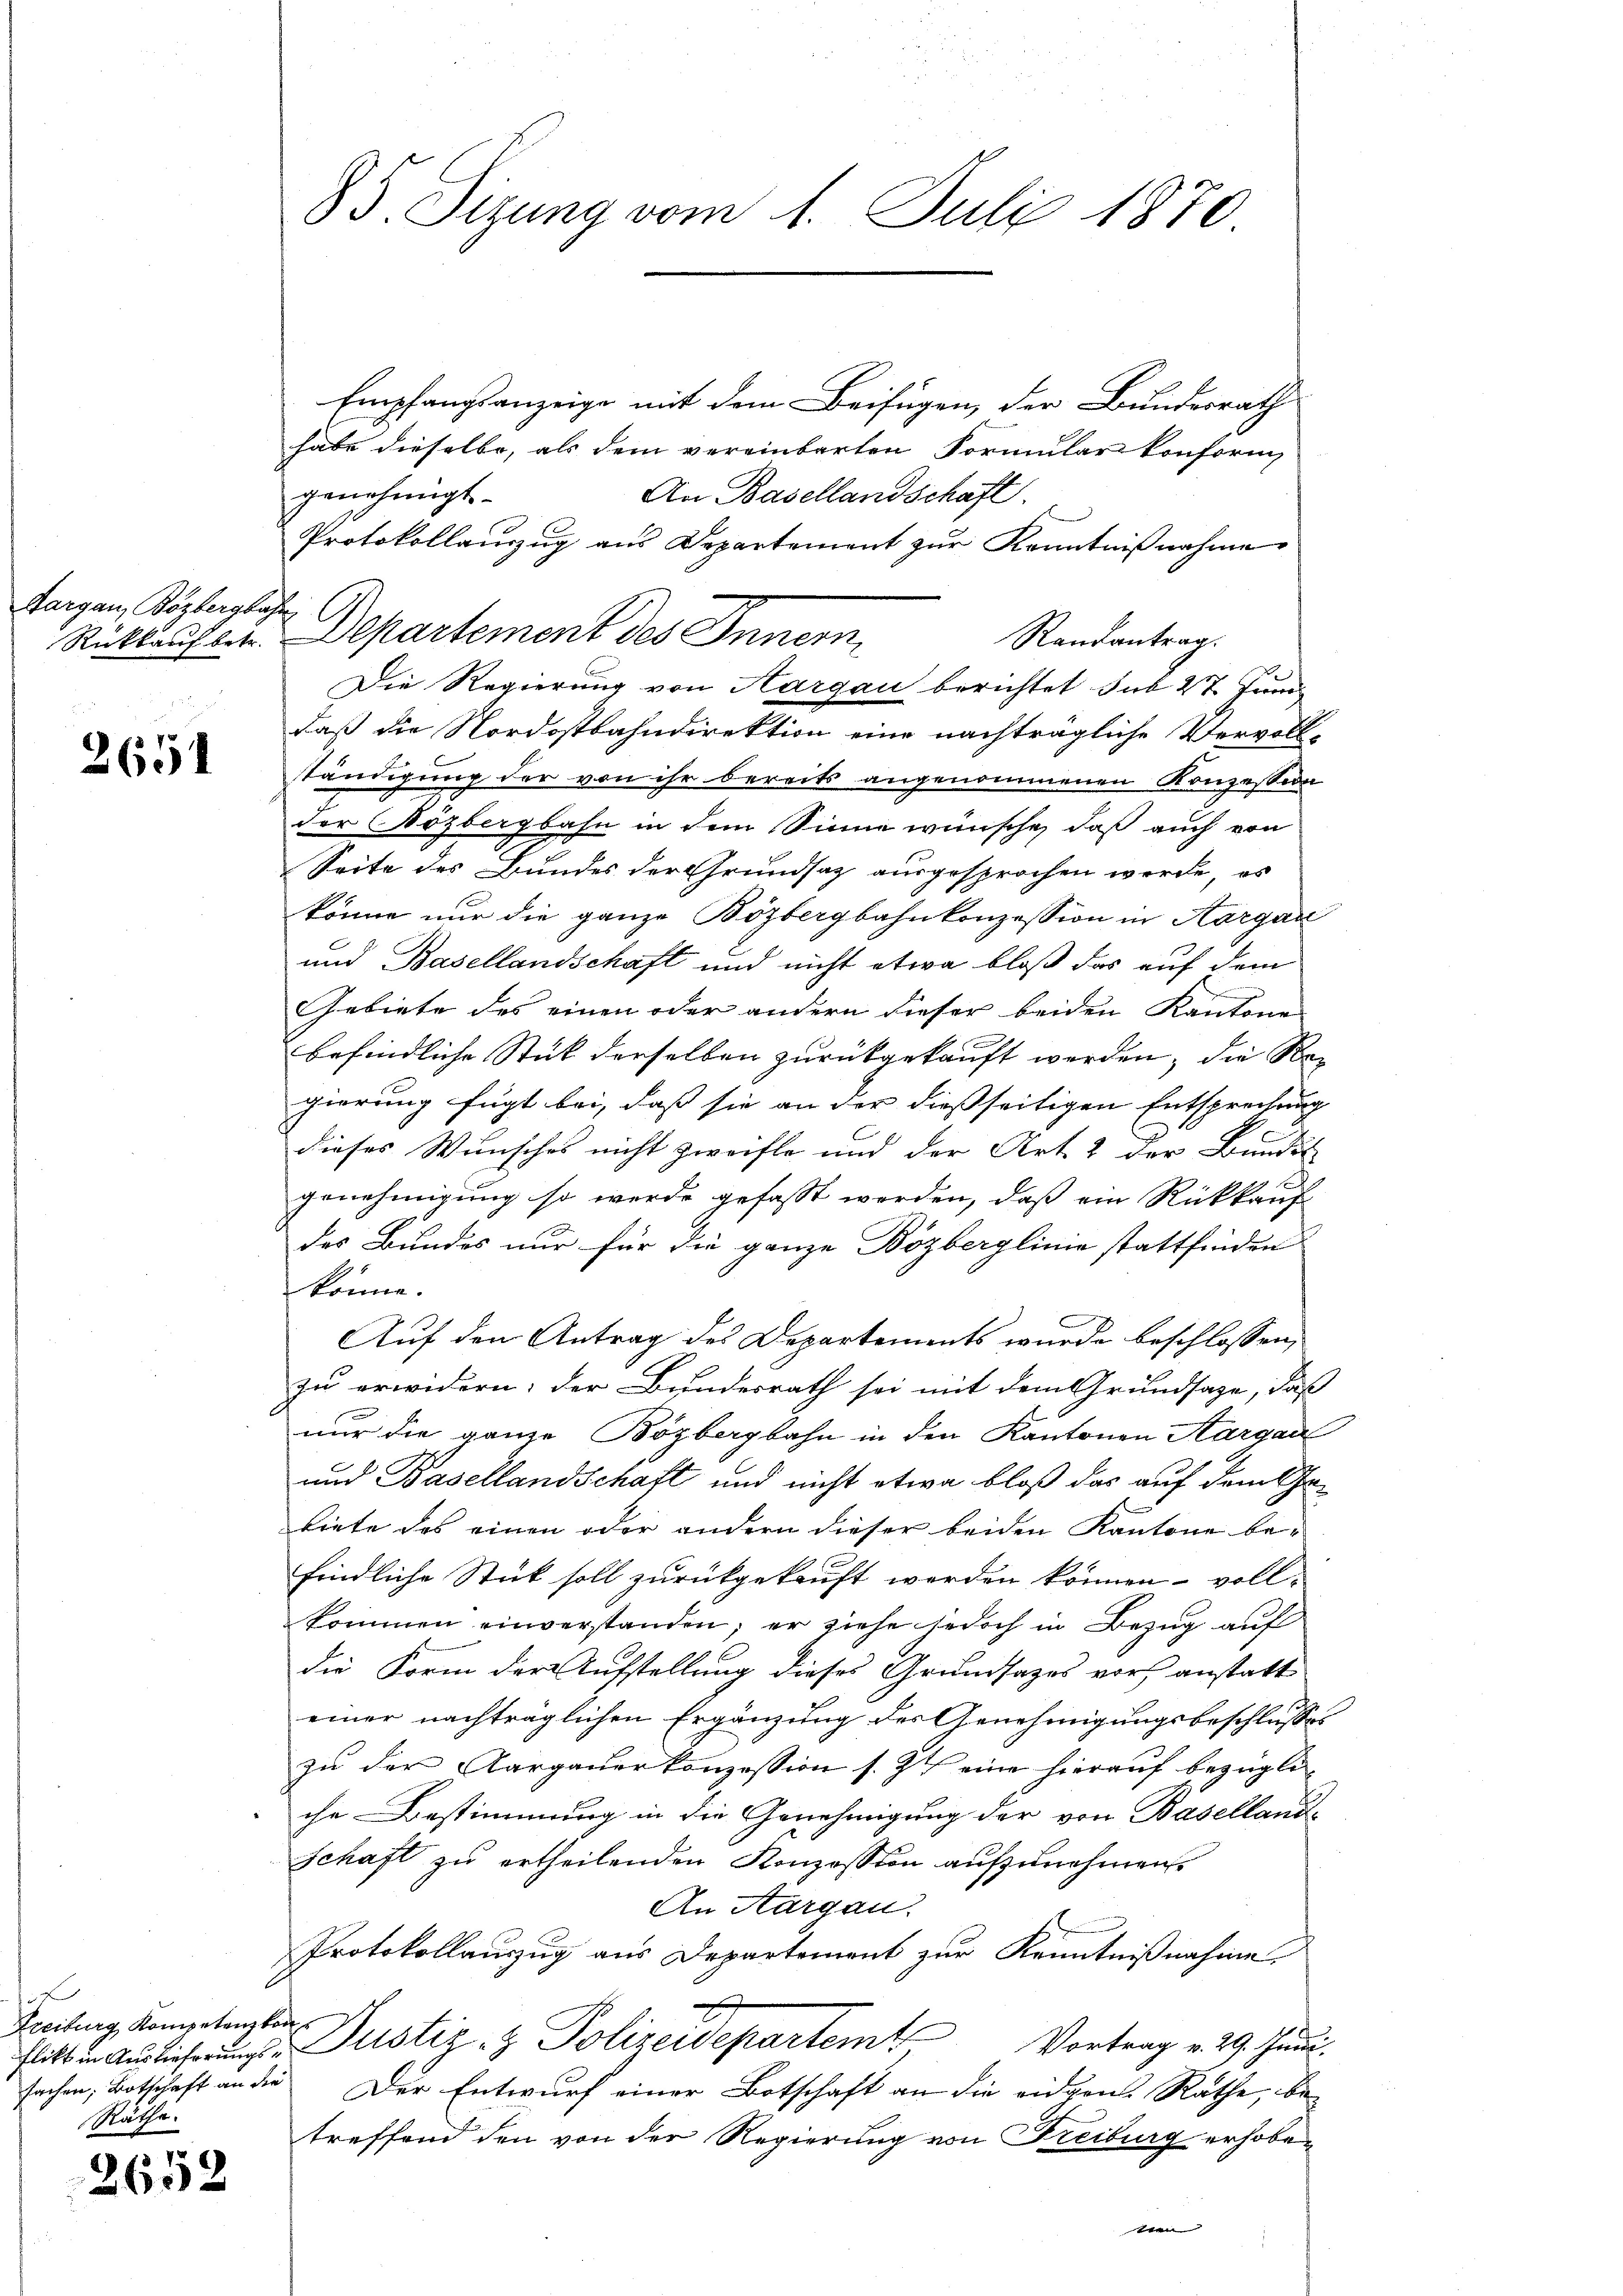
Sargau, Bözbergbahr

2651

Empfangsanzeige mit dem Beifügen, der Bundesrath
habe dieselbe, als dem vereinbarten Formularkonform
genehmigt.
An Basellandschaft.
Protokollauszug aus Departement zur Kenntnißnahme
Randantrag.
Die Regierung von Aargau berichtet sub 27. Jun
daß die Nordostbahndirektion eine nachträgliche Vervoll-
ständigung der von ihr bereits angenommenen Konzession
der Nözbergbahn in dem Sinne wünsche, daß auch von
Seite des Bundes der Grundsatz ausgesprochen werde, es
könne nur die ganze Bözbergbahnkonzession in Aargau
und Basellandschaft und nicht etwa bloß das auf dem
Gebiete des einen oder andern dieser beiden Kantone
befindliche Stück derselben zurückgekauft worden, die Re-
gierung fügt bei, dass sie an der diessseitigen Entsprechung |
dieses Wunsches nicht zweifle und der Art. 2 der Bundes
E
genehmigung so werde gefasst werden, daß ein Rückkauf
des Bundes nur für die ganze Bözberglinie stattfinden
könne.
Auf den Antrag des Departements wurde beschlossen,
zu erwidern; der Bundesrath sei mit dem Grundsaze, daß
nur die ganze Bözbergbahn in den Kantonen Aargau
und Basellandschaft und nicht etwa bloß das auf dem Gebiete das einen oder andern dieser beiden Kantone befindliche Stück soll zurückgekauft werden können, vollkommen einverstanden; er ziehe jedoch in Bezug auf
die Form der Aufstellung dieses Grundsatzes vor anstatteiner nachträglichen Ergänzung des Genehmigungsbeschlusses
zu der Aargauerkonzession s. Z. eine hierauf bezügliche Bestimmung in die Genehmigung der von Baselland¬
Schaft zu ertheilenden Konzession aufzunehmen.
An Aargau.
Protokollauszug aus Departement zur Kenntnißnahme.
flikt in Auslieferungs-Justiz- & Polizeidepartem Vortrag v. 29. Juni.
Der Entwurf einer Botschaft an die eidgen. Rathe, bi
treffend den von der Regierung von Freiburg erhobe¬

Freiburg Kompetenzkom
sachen, Botschaft an der
Räthe.

2652

85. Sizung vom 1. Juli 1870

Rückkauf betr. Separtement des Innern,